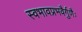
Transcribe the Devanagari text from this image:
स्वभावप्रभवैर्गुणैः